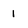
Character: i